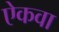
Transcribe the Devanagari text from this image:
ऐकवा